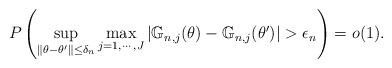
LaTeX: \begin{align*}P\left(\sup_{\|\theta-\theta'\|\le \delta_n}\max_{j=1,\cdots,J}|\mathbb G_{n,j}(\theta)-\mathbb G_{n,j}(\theta')|>\epsilon_n \right)=o(1).\end{align*}